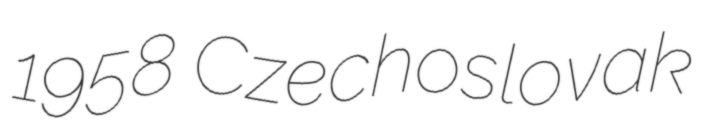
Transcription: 1958 Czechoslovak